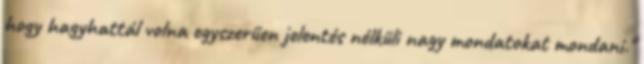
hogy hagyhattál volna egyszerűen jelentés nélküli nagy mondatokat mondani."